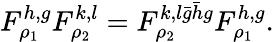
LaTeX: F_{\rho_{1}}^{h,g}F_{\rho_{2}}^{k,l}=F_{\rho_{2}}^{k,l\bar{g}\bar{h}g}F_{\rho_{1}}^{h,g}.